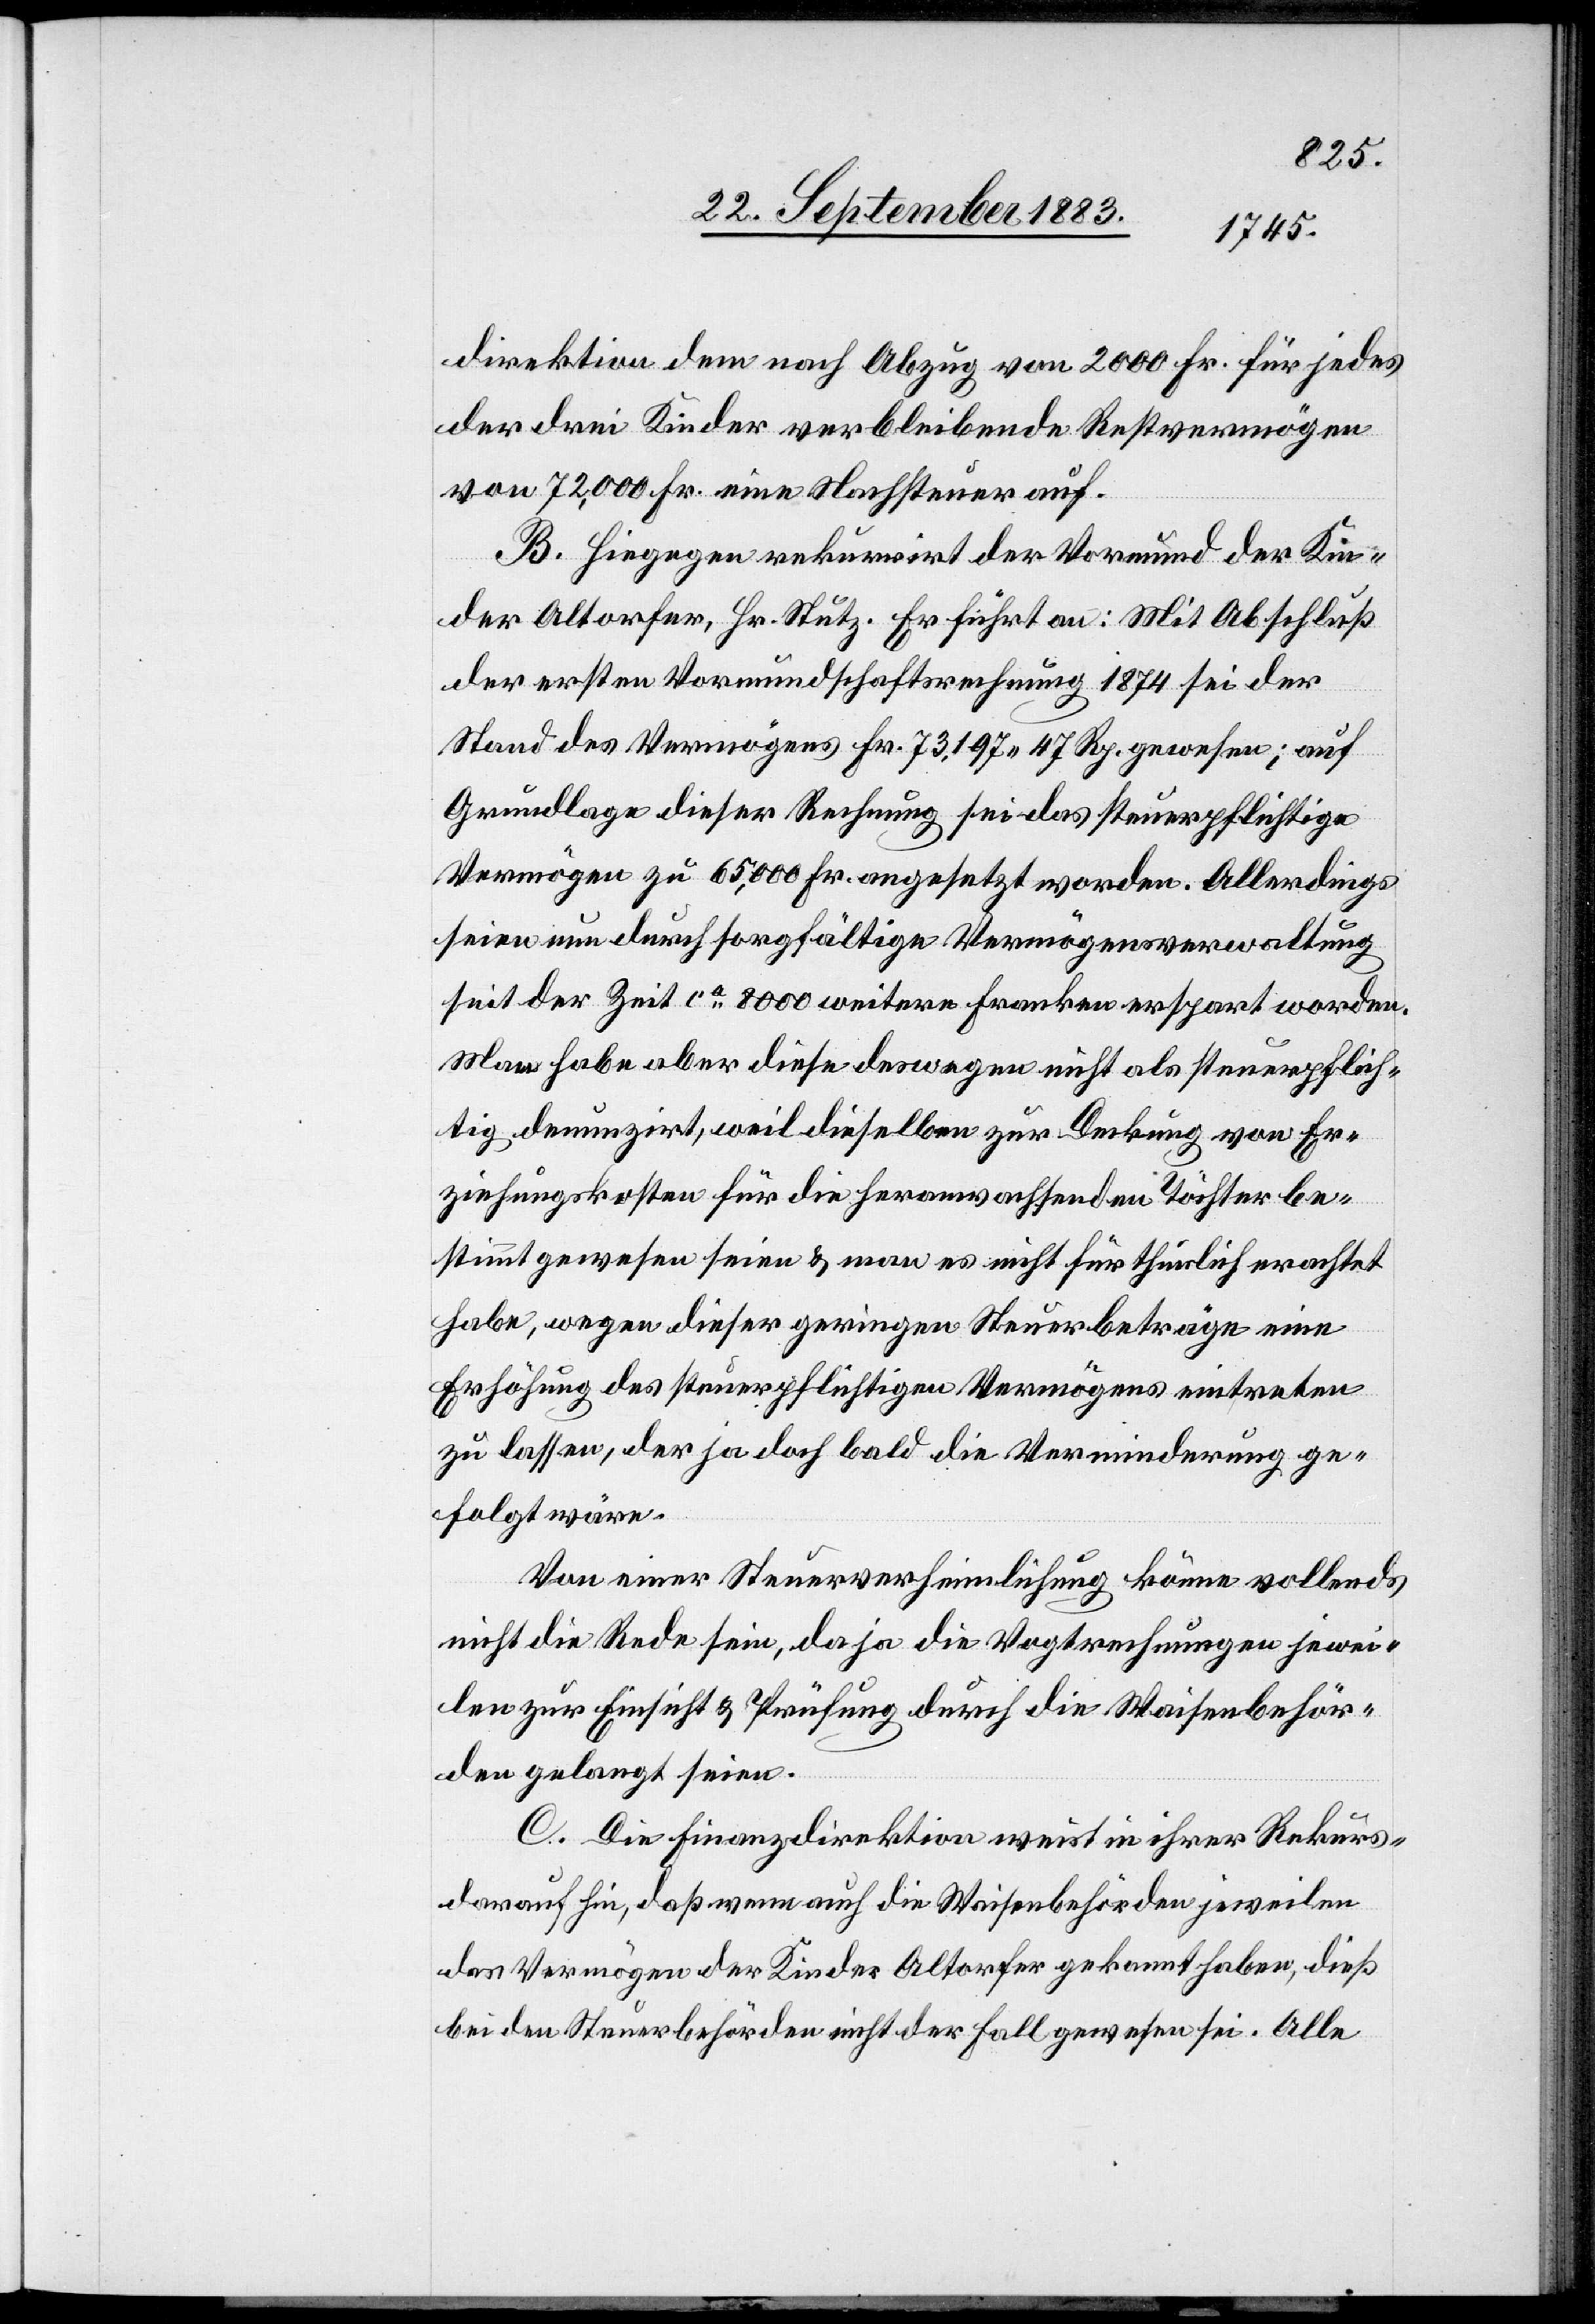
direktion dem nach Abzug von 2000 Fr. für jedes
der drei Kinder verbleibenden Restvermögen
von 72,000 Fr. eine Nachsteuer auf.
B. Hiegegen rekurrirt der Vormund der Kin¬
der Altorfer, Hr. Stutz. Er führt an: Mit Abschluß
der ersten Vormundschaftsrechnung 1874 sei der
Stand des Vermögens Fr. 73,197 47 Rp. gewesen; auf
Grundlage dieser Rechnung sei das steuerpflichtige
Vermögen zu 65,000 Fr. angesetzt worden. Allerdings
seien nun durch sorgfältige Vermögensverwaltung
seit der Zeit ca 8000 weitere Franken erspart worden.
Man habe aber diese deswegen nicht als steuerpflich¬
tig denunzirt, weil dieselben zur Deckung von Er¬
ziehungskosten für die heranwachsenden Töchter be¬
stimmt gewesen seien & man es nicht für thunlich erachtet
habe, wegen dieser geringen Steuerbeträge eine
Erhöhung des steuerpflichtigen Vermögens eintreten
zu lassen, der ja doch bald die Verminderung ge¬
folgt wäre.
Von einer Steuerverheimlichung könne vollends
nicht die Rede sein, da ja die Vogtrechnungen jewei¬
ligen zur Einsicht & Prüfung durch [recte: an] die Waisenbehör¬
rtung]
den gelangt seien.
C. Die Finanzdirektion weist in ihrer Rekurs[b¬
darauf hin, daß wenn auch die Waisenbehörden jeweilen
das Vermögen der Kinder Altorfer gekannt haben, dieß
bei den Steuerbehörden nicht der Fall gewesen sei. Alle